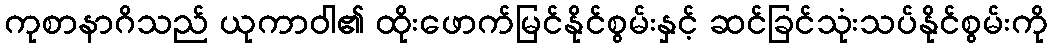
ကုစာနာဂိသည် ယုကာဝါ၏ ထိုးဖောက်မြင်နိုင်စွမ်းနှင့် ဆင်ခြင်သုံးသပ်နိုင်စွမ်းကို